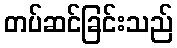
တပ်ဆင်ခြင်းသည်